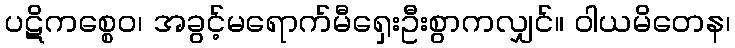
ပဋိကစ္စေဝ၊ အခွင့်မရောက်မီရှေးဦးစွာကလျှင်။ ဝါယမိတေန၊